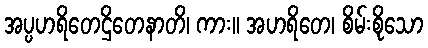
အပ္ပဟရိတေဌိတေနာတိ၊ ကား။ အဟရိတေ၊ စိမ်းစိုသော